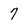
Character: 7